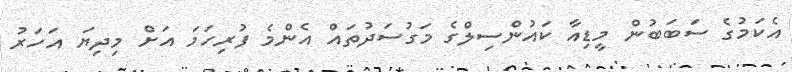
އެކަމުގެ ސަބަބުން މީޑިއާ ކައުންސިލްގެ މަގުސަދުތައް އެންމެ ފުރިހަމަ އަށް މިދިޔަ އަހަރު